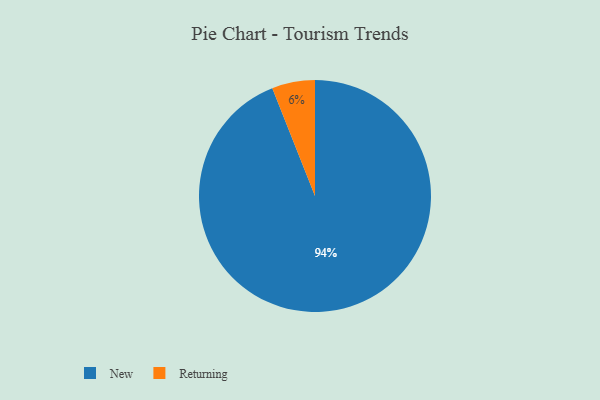
{"axis": {"x": "Category", "y": "Percentage"}, "legend": ["New", "Returning"], "data": [{"x": "New", "y": 94, "type": "New"}, {"x": "Returning", "y": 6, "type": "Returning"}]}